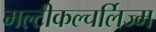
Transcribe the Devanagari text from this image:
मल्टीकल्चर्लिज्म